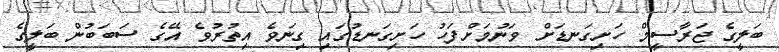
ބަލީގެ ޖަރާސީމް ހަށިގަނޑަށް ވަނުމަށްފަހު ހަށިގަނޑުގައި ގިނަވެ އިތުރުވެ އޭގެ ސަބަބުން ބަލީގެ